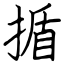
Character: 揗